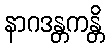
နာဂဒန္တကန္တိ